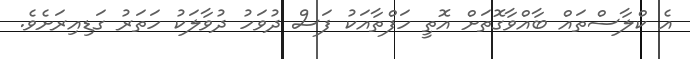
އެ ކްލާސްތައް ބާއްވާގޮތަށް އޮތީ ހަފްތާއަކު ފަސް ދުވަހު ދުވާލަކު ހަތަރު ގަޑިއިރަށެވެ.